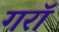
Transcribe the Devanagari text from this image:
गराॅ